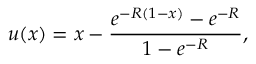
u ( x ) = x - \frac { e ^ { - R ( 1 - x ) } - e ^ { - R } } { 1 - e ^ { - R } } ,